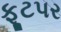
ફૂટપર